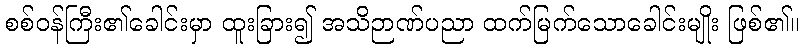
စစ်ဝန်ကြီး၏ခေါင်းမှာ ထူးခြား၍ အသိဉာဏ်ပညာ ထက်မြက်သောခေါင်းမျိုး ဖြစ်၏။